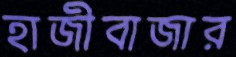
হাজীবাজার